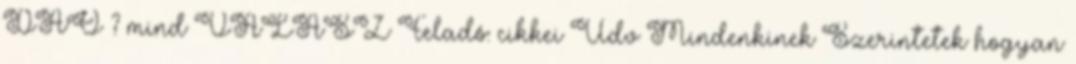
DAO ? mind VÁLASZ Feladó: cikkei Udv Mindenkinek Szerintetek hogyan